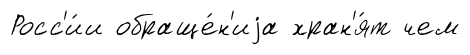
Росс'и́и обраще́н'иjа хран'я́т чем